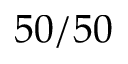
5 0 / 5 0